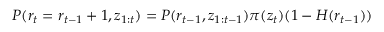
P ( r _ { t } = r _ { t - 1 } + 1 , \boldsymbol { z } _ { 1 : t } ) = P ( r _ { t - 1 } , \boldsymbol { z } _ { 1 : t - 1 } ) \pi ( \boldsymbol { z } _ { t } ) ( 1 - H ( r _ { t - 1 } ) )